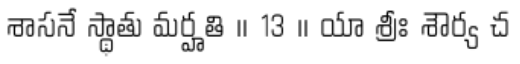
శాసనే స్థాతు మర్హతి ॥ 13 ॥ యా శ్రీః శౌర్య చ